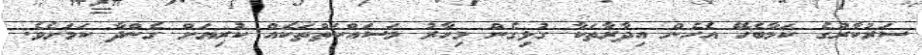
ސަރުކާރުގެ ކަމާބެހޭ އެހެން އިދާރާތަކާ ގުޅިގެން މިހާރު މަސައްކަތްތަކެއް ކުރިޔަށް ގެންދާ ކަމަށެވެ.